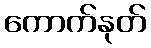
ကောက်နုတ်